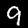
Digit: 9